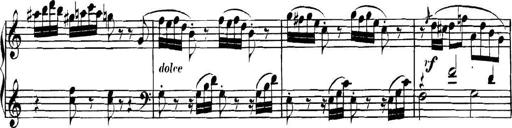
Title: Collected Piano Sonatas
Composer: Muzio Clementi